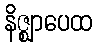
နိဇ္ဈာပေထ